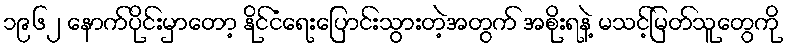
၁၉၆၂ နောက်ပိုင်းမှာတော့ နိုင်ငံရေးပြောင်းသွားတဲ့အတွက် အစိုးရနဲ့ မသင့်မြတ်သူတွေကို